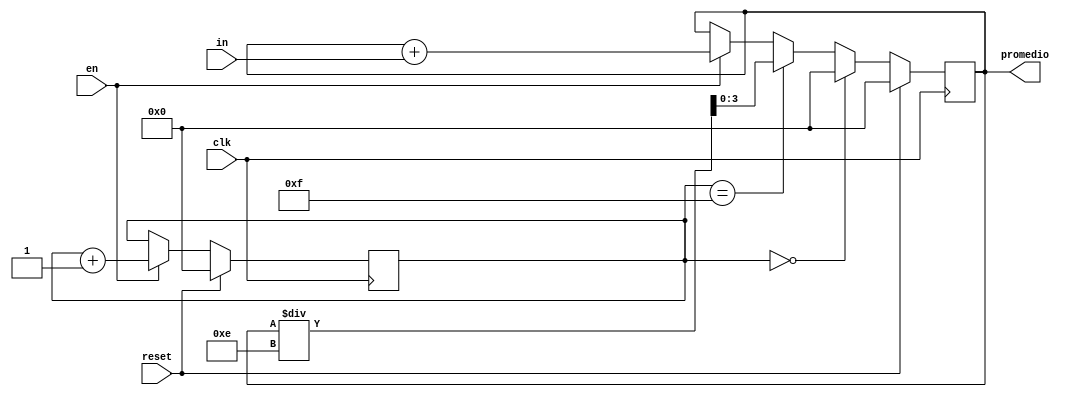
module promedio#(parameter N=4)(
	input clk, reset, en,
	input [N-1:0] in,
	output reg [N-1:0] promedio
); 

reg [3:0] contador;

always @(posedge clk) begin
	if(reset) contador <= 0;
	else if(en) contador <= contador + 1;
end

always @(posedge clk) begin
	if(reset) promedio <= 0;
	else if(contador == 0) promedio <= 0;
	else if(contador == 15) promedio <= promedio/14;
	else if(en) promedio <= promedio + in;
end	
	
endmodule